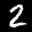
Label: 2